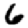
Digit: 6